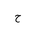
Letter: _ha